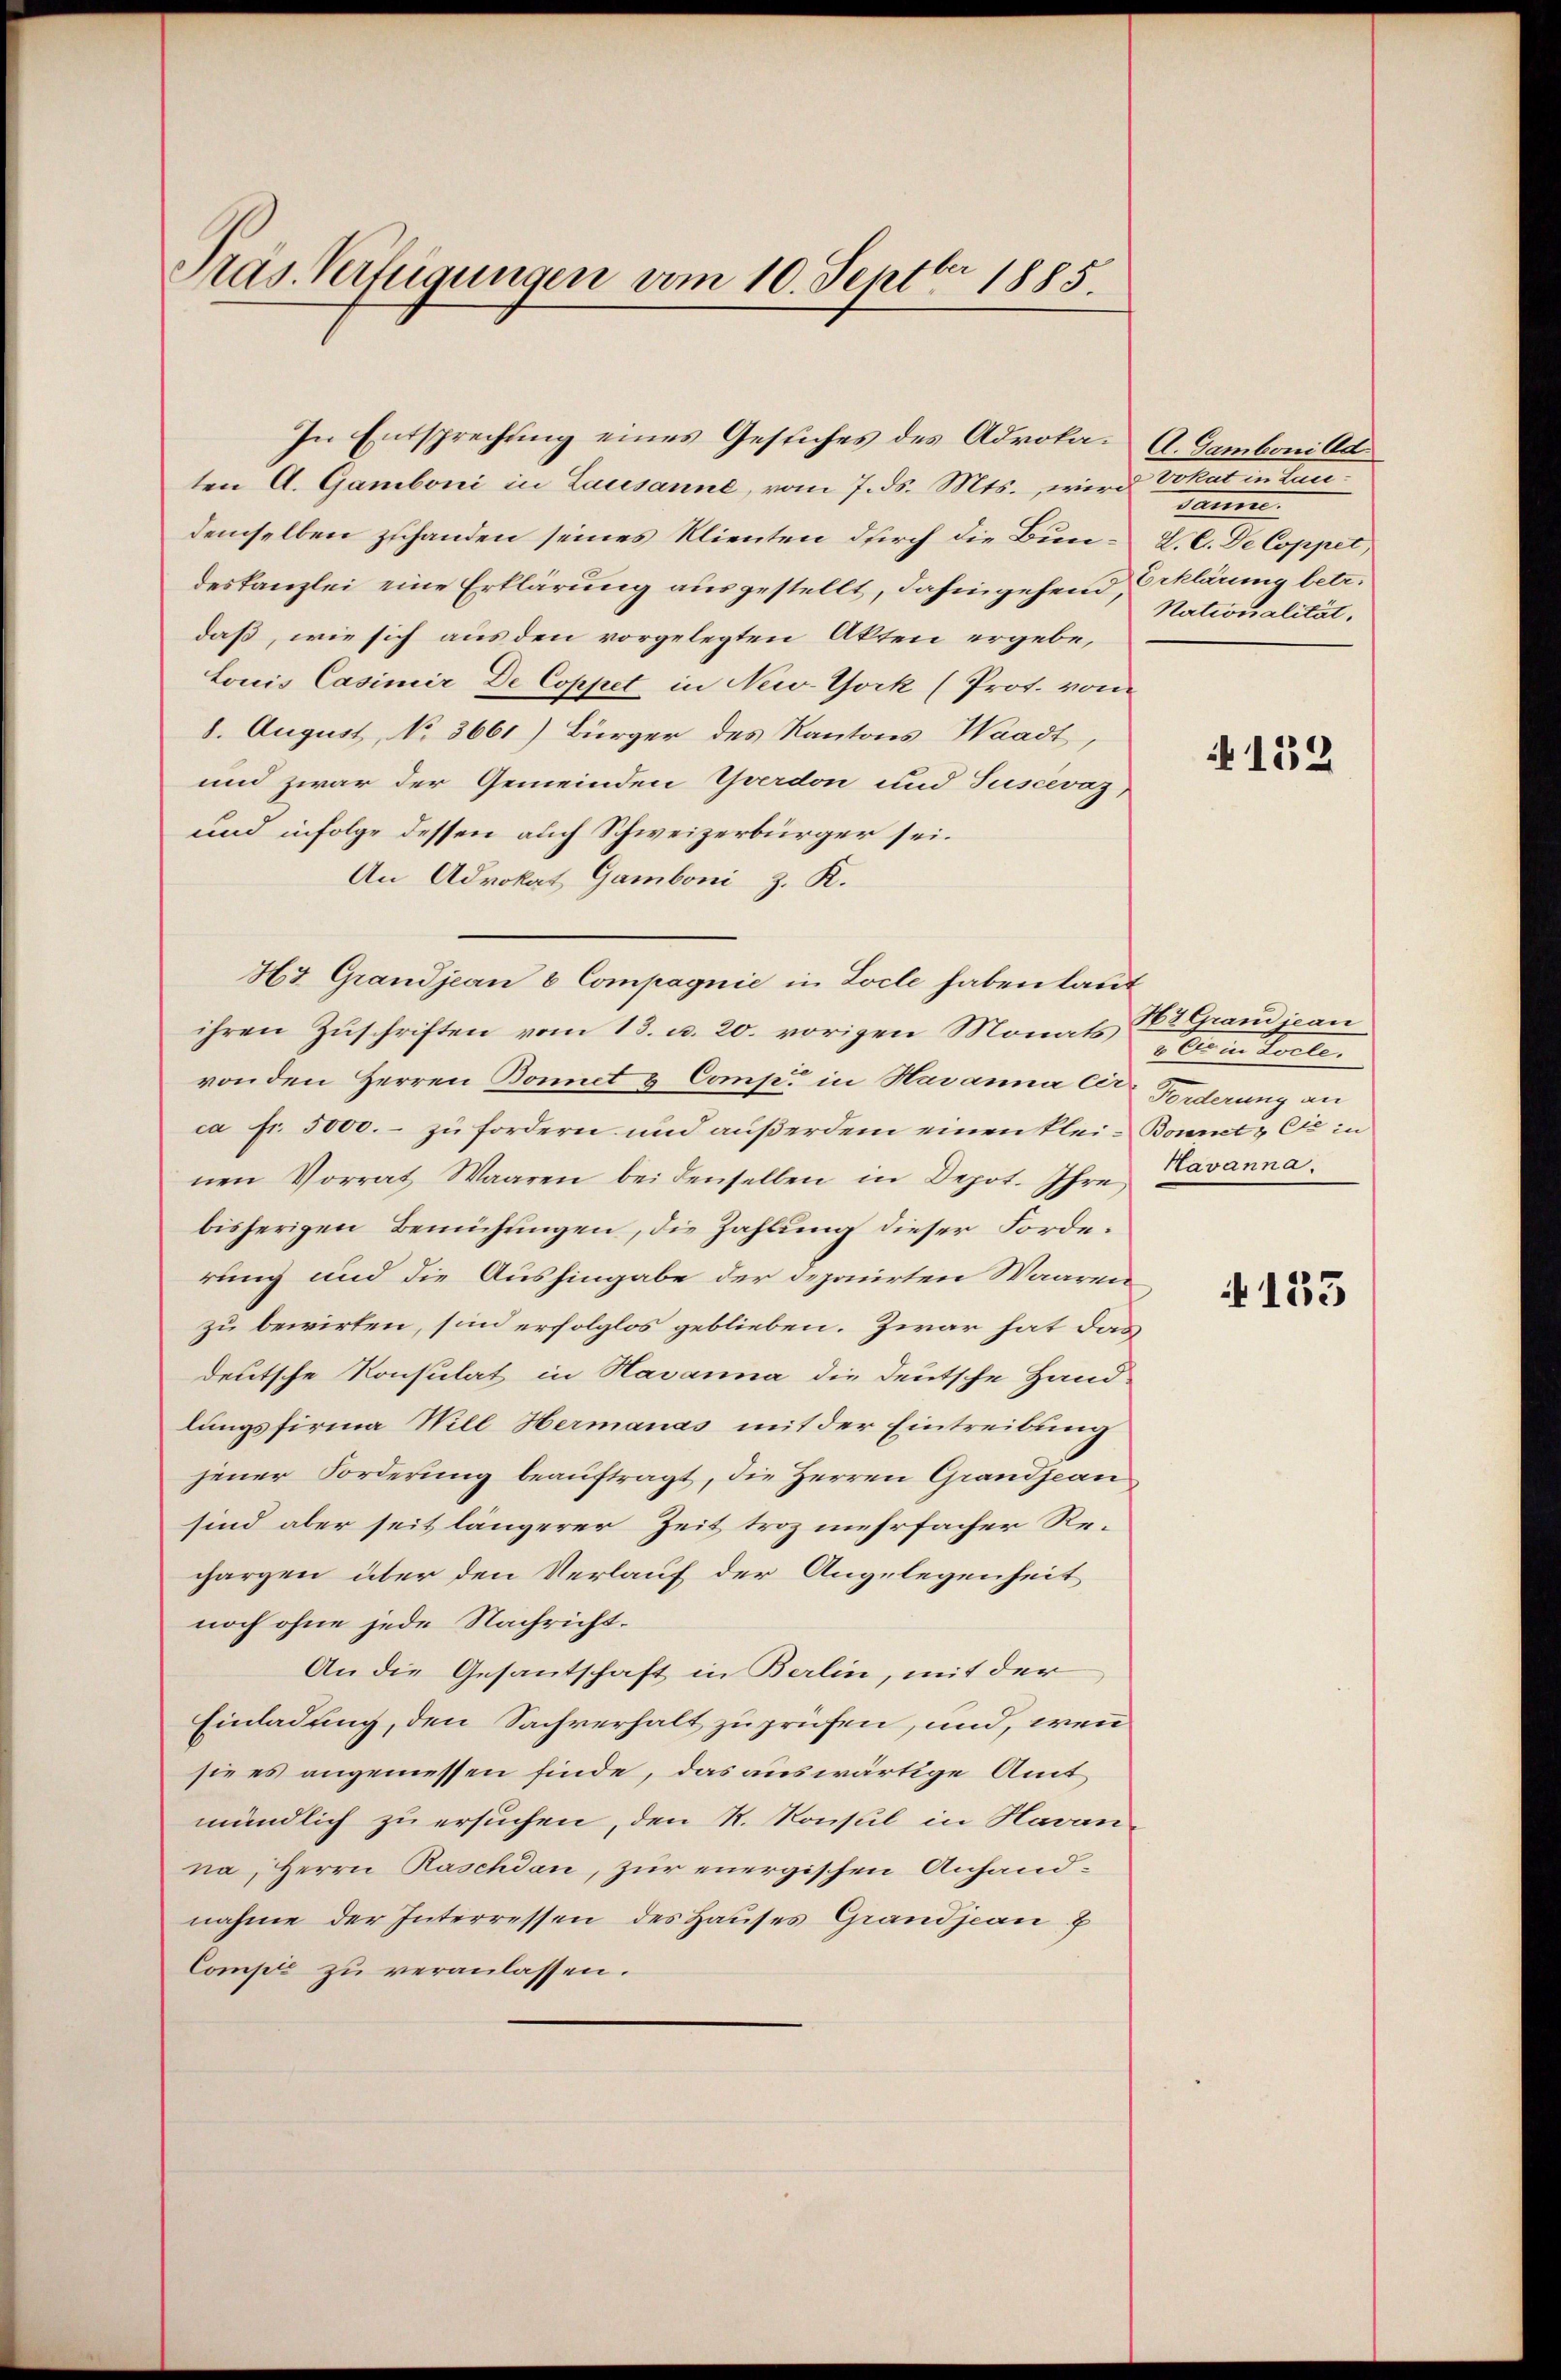
Präs. Verfügungen vom 10. Septbr 1885.

ten A. Gamboni in Lausanne, vom 7. ds. Mts., wird Vokat in Laudemselben zuhanden seines Klienten durch die Bun-V.C. De Coppet,
deskanzlei eine Erklärung ausgestellt, dahingehend Erklärung betr.
daß, wie sich aus den vorgelegten Akten ergebe,
tonis Casimir De Coppet in New-York (Prot. vom
8. August, No 3661) Bürger des Kantons Waadt
und zwar der Gemeinden Yverdon und Juscevaz
und infolge dessen auch Schweizerbürger sei.
An Advokat Gamboni z. K.
Hy Grandjean 8 Compagnie in Loche haben laut
ihren Zuschriften vom 13. u. 20. vorigen Monats zum Torte.
von den Herren Bonet & Comp. in Havanna Cer-Garderung an
ca Fr. 5000. – zu fordern und außerdem einen klei- Bonnet & Cie in
nen Vorrat Waaren bei denselben in Depot. Ihre Tavanna
bisherigen Bemühungen, die Zahlung dieser Forderung und die Aushingabe der deponirten Waaren
zu bewirken, sind erfolglos geblieben. Zwar hat das
deutsche Konsulat in Havanna die deutsche Hand-
lungsfirma Will Hermanas mit der Eintreibung
jener Forderung beauftragt, die Herren Grandjean
sind aber seit längerer Zeit troz mehrfacher Rechargen über den Verlauf der Angelegenheit
noch ohne jede Nachricht.
An die Gesantschaft in Berlin, mit der
Einladung, den Sachverhalt zu prüfen, und, wenn
sie es angemessen finde, das auswärtige Amt
mündlich zu ersuchen, den R. Konsul in Navan-
na, Herrn Raschdan, zur energischen Anhandnahme der Interressen des Hauses Grandjean
Comple zu veranlassen.

In Entsprechung eines Gesuches des Advoka. A. Gambonild

dame.
Nationalität.

132

H7 Grandjean

135